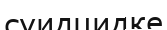
суидцидке